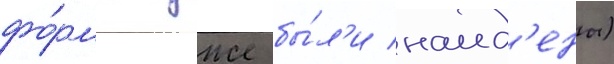
фо́рмы уже бы́л'и наид'ены)